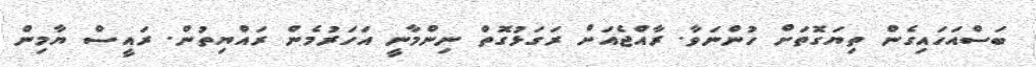
ބަސްއަހައިގެން ތިޔަގޮތަށް ހުންނަވާ. ރާއްޖެއަށް ރަގަޅުގޮތް ނިންމާނީ އަހަރުމެން ރައްޔިތުން. ރައީސް ޔާމިން